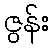
ဇွန်း